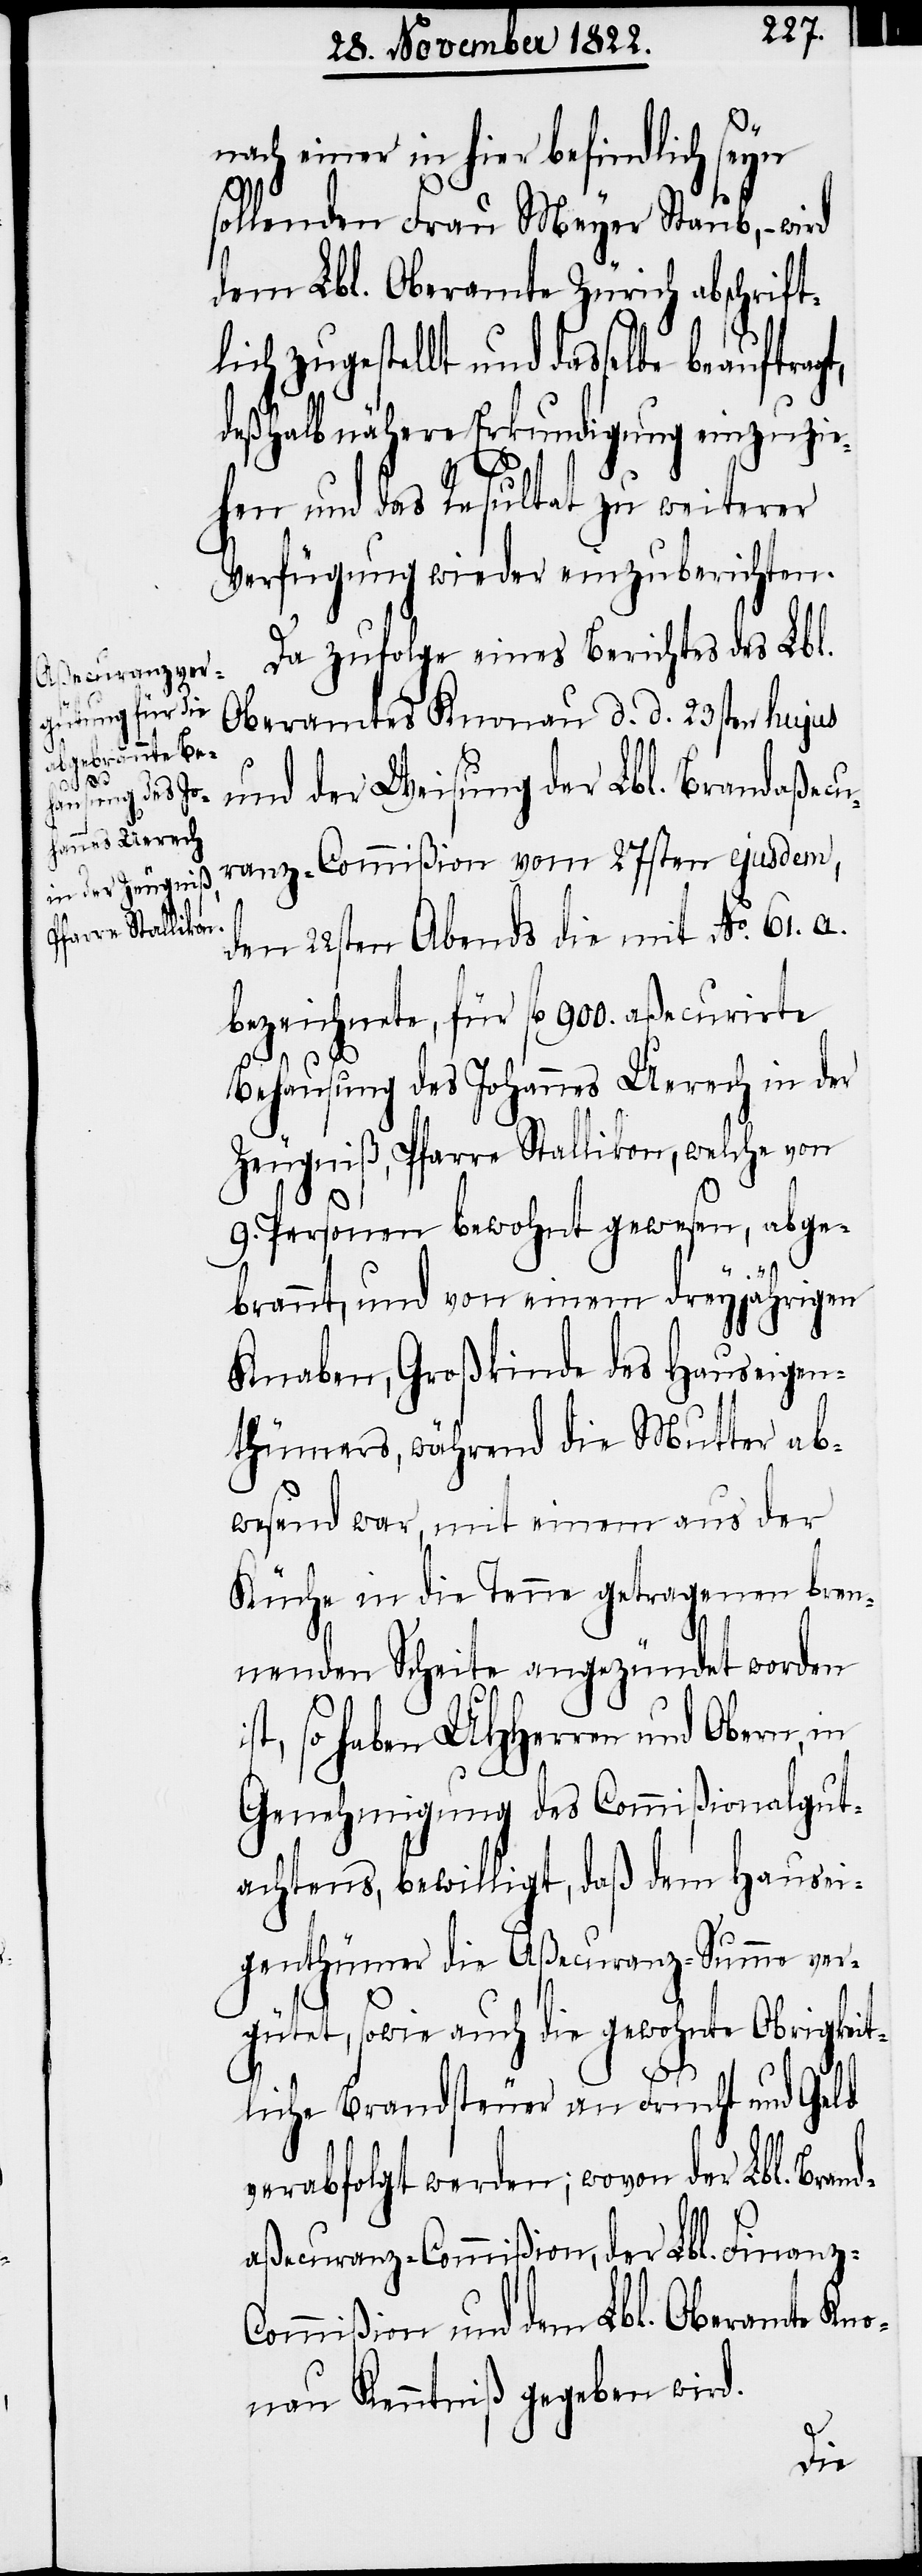
i¬

nach einer in hier befindlich seyn
sollenden Frau Meyer Staub, – wird
dem Lbl. Oberamte Zürich abschrift¬
ich zugestellt und dasselbe beauftra¬
deßhalb nähere Erkundigung einzuzie¬
l¬
hen und das Resultat zu weiterer
Verfügung wieder einzuberichten.
Da zufolge eines Berichtes des Lbl.
Oberamtes Knonau d. d. 23sten hujus
gt,
und der Weisung der Lbl. Brandaßecu¬
ranz-Commißion vom 27sten ejusdem,
den 22sten Abends die mit No. 61. a.
bezeichnete, für fl. 900. aßecurirte
Behausung des Johannes Uerech in der
Zeugniß, Pfarre Stallikon, welche von
9. Personen bewohnt gewesen, abge¬
brannt, und von einem dreyjährigen
Knaben, Großkinde des Hauseigen¬
thümers, während die Mutter ab¬
wesend war, mit einem aus der
Küche in die Tenne getragenen bren¬
nenden Scheite angezündet worden
st, so haben UHHerren und Obern, in
Genehmigung des Commißionalgut¬
achtens, bewilligt, daß dem Hausei¬
genthümer die Aßecuranz-Summe ver¬
gütet, sowie dauch die gwohnte Obrigkeit¬
liche Brandsteuer an Frucht und Geld
verabfolgt werden; wovon der Lbl. Brand¬
aßecuranz-Commißion, der Lbl. Finanz-C¬
ommißion und dem Lbl. Oberamte Kno¬
nau Kenntniß gegeben wird.